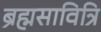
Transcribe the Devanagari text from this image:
ब्रह्मसावित्रि